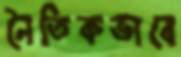
নৈতিকভাবে